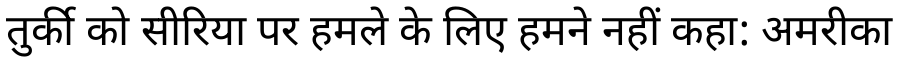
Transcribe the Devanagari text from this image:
तुर्की को सीरिया पर हमले के लिए हमने नहीं कहा: अमरीका